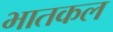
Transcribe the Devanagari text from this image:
भातकल